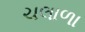
ચલાળા